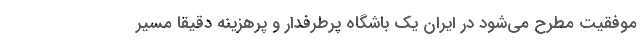
موفقیت مطرح می‌شود در ایران یک باشگاه پرطرفدار و پرهزینه دقیقا مسیر